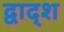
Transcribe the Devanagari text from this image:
द्वाद्श